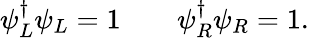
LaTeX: \psi_{L}^{\dagger}\psi_{L}=1\quad\quad\psi_{R}^{\dagger}\psi_{R}=1.